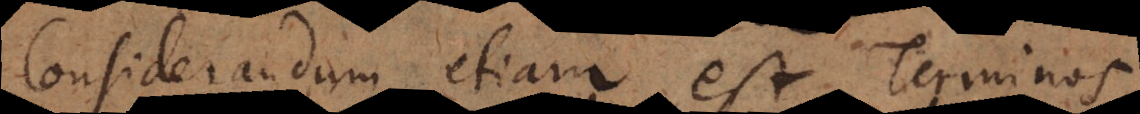
Considerandum etiam est Terminos